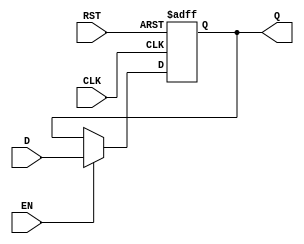
module ForwardingRegister (
    input wire [31:0] D,       // Current Data Input
    input wire EN,             // Forward Enable Signal
    input wire CLK,            // Clock Signal
    input wire RST,            // Reset Signal
    output reg [31:0] Q        // Forwarded Data Output
);

    // Asynchronous Reset and Clock Edge Behavior
    always @(posedge CLK or posedge RST) begin
        if (RST) begin
            Q <= 32'b0;         // Clear output to zero on reset
        end else if (EN) begin
            Q <= D;             // Capture input D when EN is high
        end
        // If EN is low, Q retains its previous value automatically
    end

endmodule